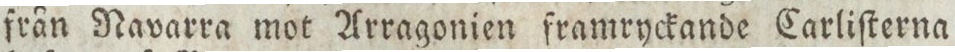
från Navarra mot Arragonien framryckande Carliſterna